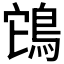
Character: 𮬲